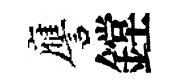
譍鏜